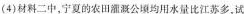
(4)材料二中，宁夏的农田溉公顷均用水量比江苏多，试